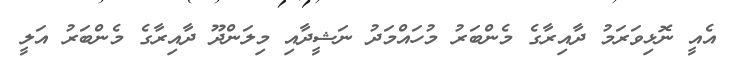
އެއީ ނޮޅިވަރަމު ދާއިރާގެ މެންބަރު މުހައްމަދު ނަޝީދާއި މިލަންދޫ ދާއިރާގެ މެންބަރު އަލީ